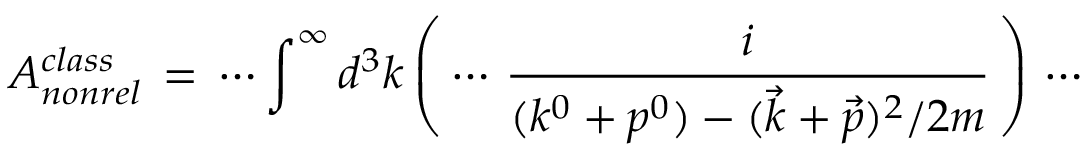
{ \cal { A } } _ { n o n r e l } ^ { c l a s s } \, = \, \cdots \int ^ { \infty } d ^ { 3 } k \left( \, \cdots \, \frac { i } { ( k ^ { 0 } + p ^ { 0 } ) - ( \vec { k } + \vec { p } ) ^ { 2 } / 2 m } \, \right) \, \cdots